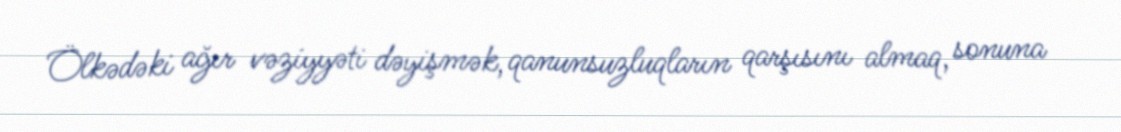
Ölkədəki ağır vəziyyəti dəyişmək, qanunsuzluqların qarşısını almaq, sonuna